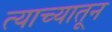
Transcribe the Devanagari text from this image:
त्याच्यातून